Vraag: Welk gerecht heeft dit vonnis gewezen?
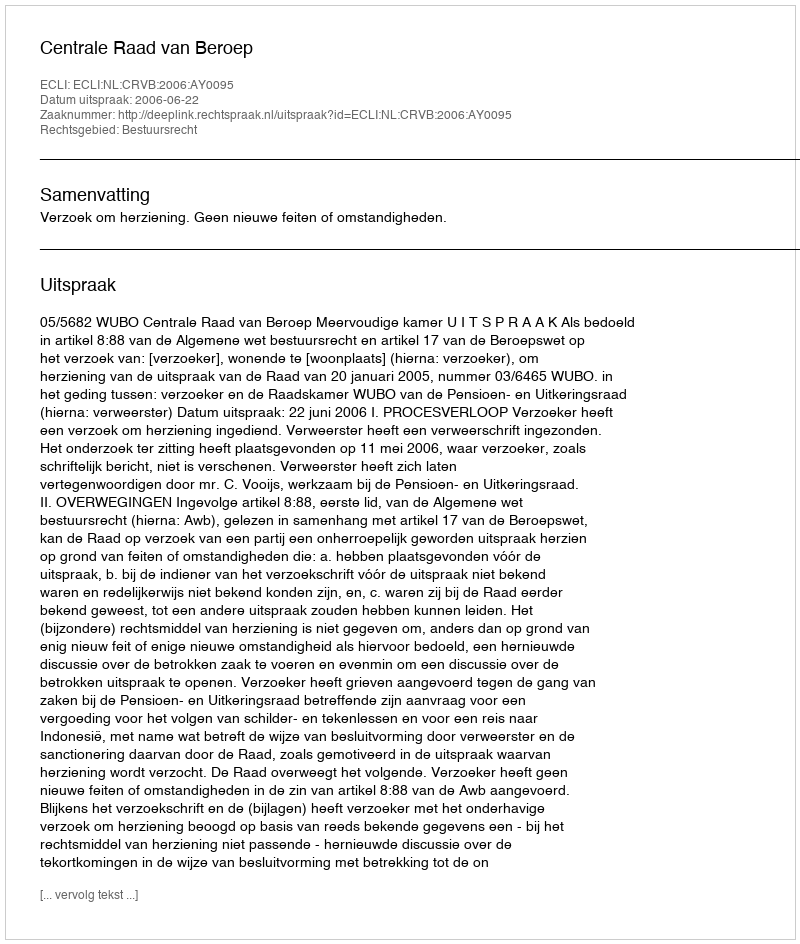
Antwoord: Centrale Raad van Beroep